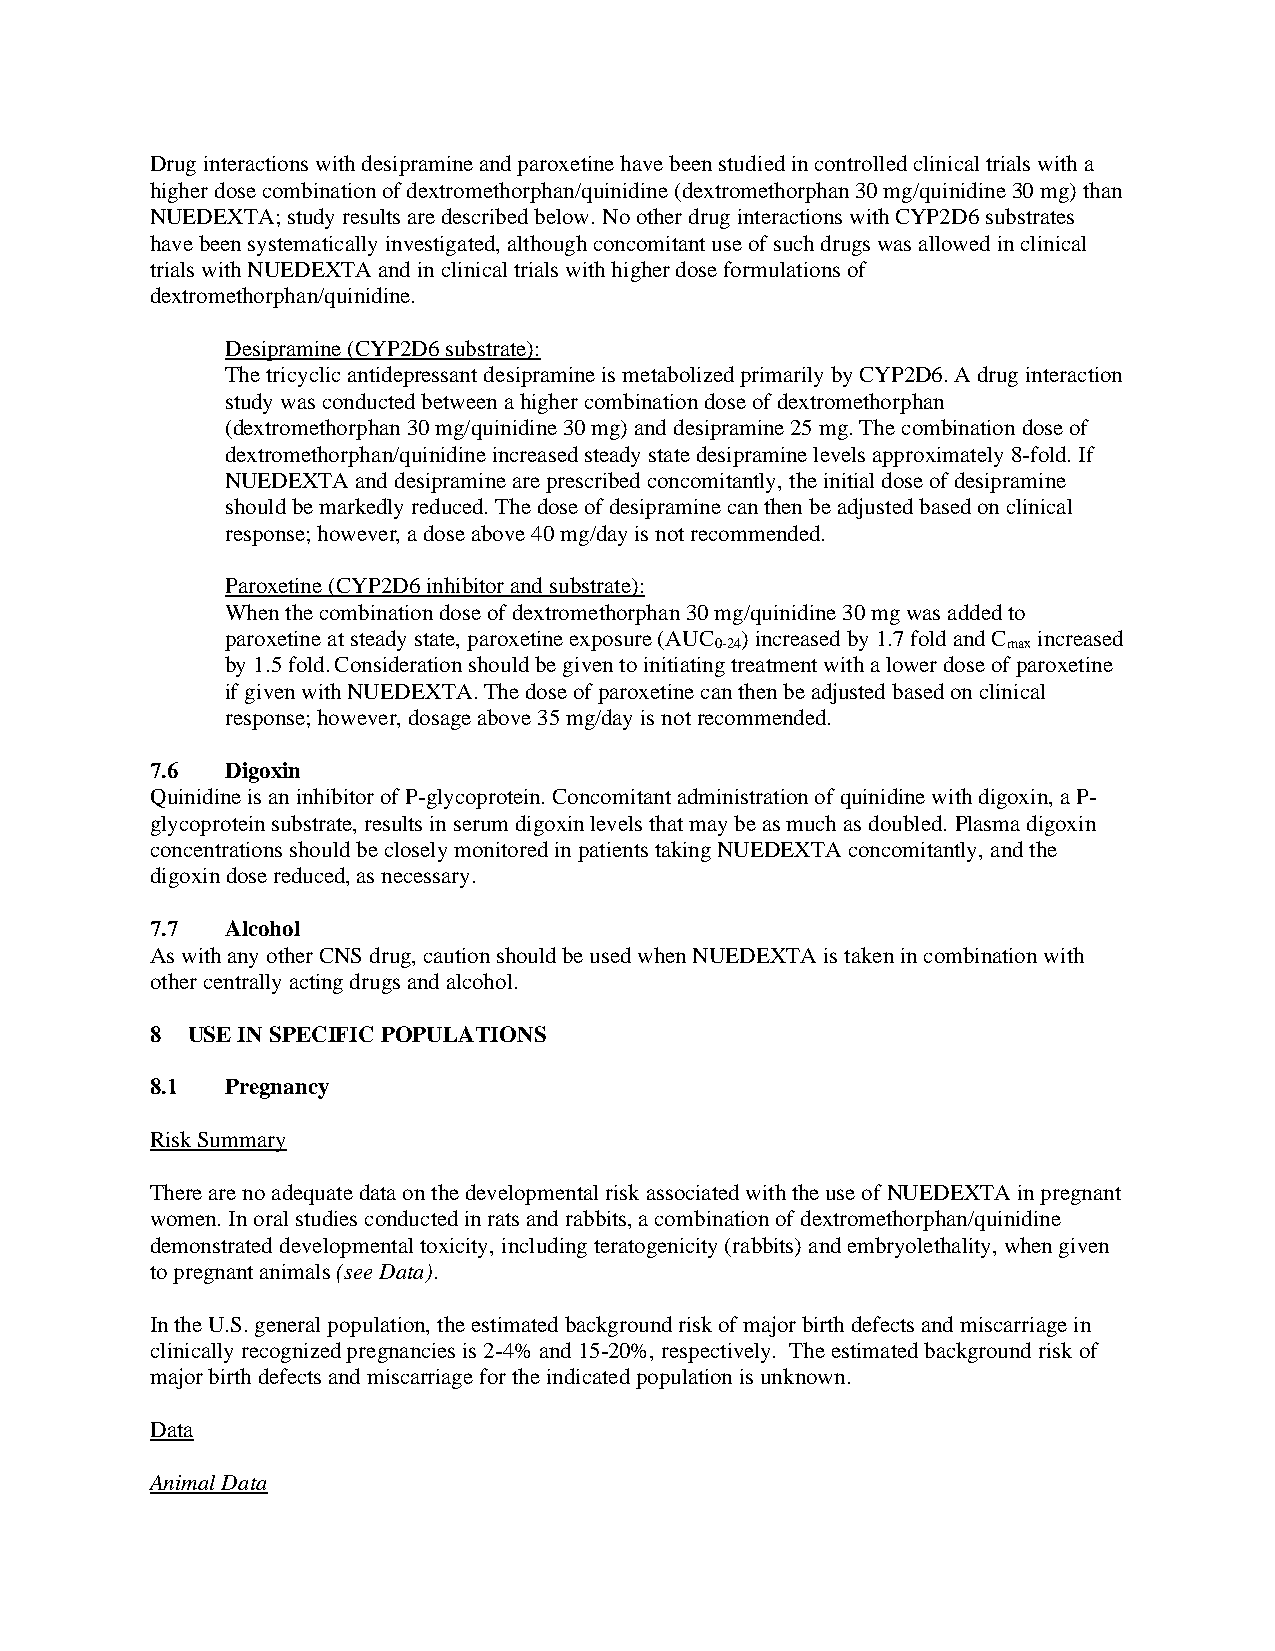
Drug interactions with desipramine and paroxetine have been studied in controlled clinical trials with a
 higher dose combination of dextromethorphan/quinidine (dextromethorphan 30 mg/quinidine 30 mg) than
 NUEDEXTA; study results are described below. No other drug interactions with CYP2D6 substrates
 have been systematically investigated, although concomitant use of such drugs was allowed in clinical
 trials with NUEDEXTA and in clinical trials with higher dose formulations of
 dextromethorphan/quinidine.
 Desipramine (CYP2D6 substrate):
 The tricyclic antidepressant desipramine is metabolized primarily by CYP2D6. A drug interaction
 study was conducted between a higher combination dose of dextromethorphan
 (dextromethorphan 30 mg/quinidine 30 mg) and desipramine 25 mg. The combination dose of
 dextromethorphan/quinidine increased steady state desipramine levels approximately 8-fold. If
 NUEDEXTA and desipramine are prescribed concomitantly, the initial dose of desipramine
 should be markedly reduced. The dose of desipramine can then be adjusted based on clinical
 response; however, a dose above 40 mg/day is not recommended.
 Paroxetine (CYP2D6 inhibitor and substrate):
 When the combination dose of dextromethorphan 30 mg/quinidine 30 mg was added to
 paroxetine at steady state, paroxetine exposure (AUC ) increased by 1.7 fold and C increased
 0-24                max
 by 1.5 fold. Consideration should be given to initiating treatment with a lower dose of paroxetine
 if given with NUEDEXTA. The dose of paroxetine can then be adjusted based on clinical
 response; however, dosage above 35 mg/day is not recommended.
 7.6  Digoxin
 Quinidine is an inhibitor of P-glycoprotein. Concomitant administration of quinidine with digoxin, a P-
 glycoprotein substrate, results in serum digoxin levels that may be as much as doubled. Plasma digoxin
 concentrations should be closely monitored in patients taking NUEDEXTA concomitantly, and the
 digoxin dose reduced, as necessary.
 7.7  Alcohol
 As with any other CNS drug, caution should be used when NUEDEXTA is taken in combination with
 other centrally acting drugs and alcohol.
 8 USE IN SPECIFIC POPULATIONS
 8.1  Pregnancy
 Risk Summary
 There are no adequate data on the developmental risk associated with the use of NUEDEXTA in pregnant
 women. In oral studies conducted in rats and rabbits, a combination of dextromethorphan/quinidine
 demonstrated developmental toxicity, including teratogenicity (rabbits) and embryolethality, when given
 to pregnant animals (see Data).
 In the U.S. general population, the estimated background risk of major birth defects and miscarriage in
 clinically recognized pregnancies is 2-4% and 15-20%, respectively. The estimated background risk of
 major birth defects and miscarriage for the indicated population is unknown.
 Data
 Animal Data